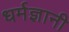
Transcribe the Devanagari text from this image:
धर्मज्ञानी